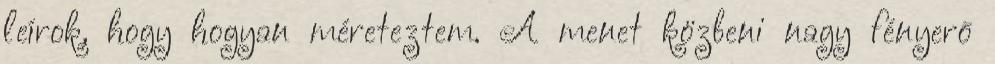
leírok, hogy hogyan méreteztem. A menet közbeni nagy fényerõ